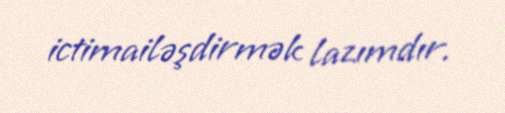
ictimailəşdirmək lazımdır.